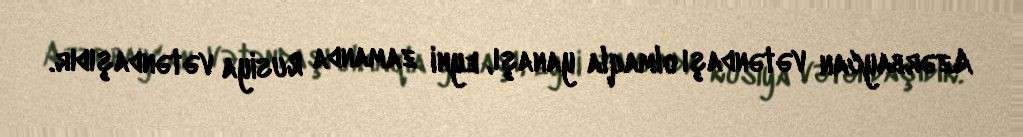
Azərbaycan vətəndaşı olmaqla yanaşı, eyni zamanda Rusiya vətəndaşıdır.